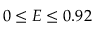
0 \le E \le 0 . 9 2